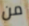
من